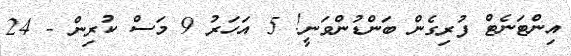
އިންޓަނެޓް ފުރިގެން ބަންޑުންވަނީ! 5 އަހަރު 9 މަސް ކުރިން - 24